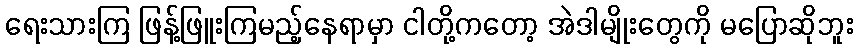
ရေးသားကြ ဖြန့်ဖြူးကြမည့်နေရာမှာ ငါတို့ကတော့ အဲဒါမျိုးတွေကို မပြောဆိုဘူး